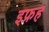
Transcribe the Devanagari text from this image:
इफ्रह